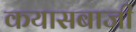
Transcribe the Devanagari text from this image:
कयासबाजी